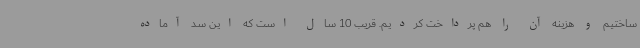
ساختیم و هزینه آن را هم پرداخت کردیم. قریب 10 سال است که این سد آماده